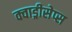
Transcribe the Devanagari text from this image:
क्वाड्रीसेप्स